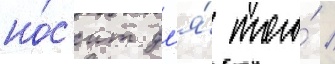
но́с'ит дл'я́ того́ /